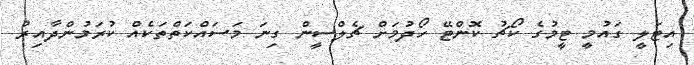
އިޓަލީ ގައުމީ ޓީމުގެ ކޯޗު ކޮންޓޭ ހޯދުމަށް ޗެލްސީން ގިނަ މަސައްކަތްތަކެއް ކުރަމުންދާއިރު